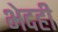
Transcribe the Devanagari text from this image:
भेदही